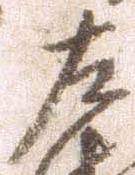
左